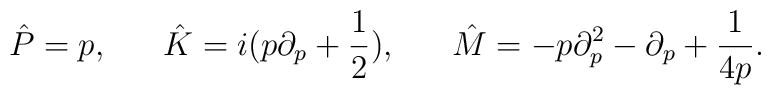
\hat P = p ,~~~~~\hat K = i (p\partial_p +\frac{1}{2}),~~~~~\hat M= - p\partial^2_p - \partial_p +\frac{1}{4p}.